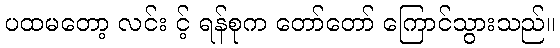
ပထမတော့ လင်း င့် ရန်စုက တော်တော် ကြောင်သွားသည်။